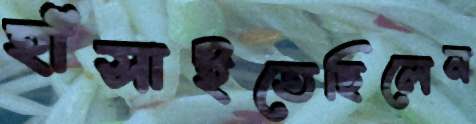
হাঁসাইতেছিলেন